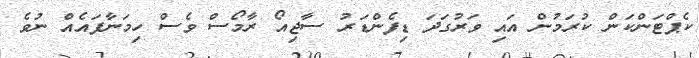
ކެޕްޓަންކަން ކުރަމުން އައި ވަރުގަދަ ޑިފެންޑަރު ސާޖިއޯ ރާމޯސް ވެސް ހިމަނާފައެއް ނުވެ